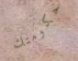
حكومتك